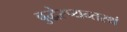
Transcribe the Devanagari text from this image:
बुद्धेरप्यन्तस्थं